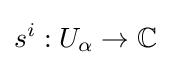
s^{i}:U_{\alpha }\to \mathbb {C}